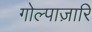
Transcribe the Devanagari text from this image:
गोल्पाज़ारि